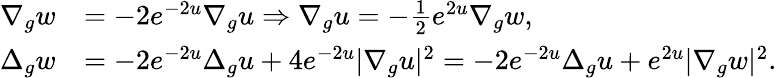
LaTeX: \begin{array}{rl}{\nabla_{g}w}&{=-2e^{-2u}\nabla_{g}u\Rightarrow\nabla_{g}u=-\frac{1}{2}e^{2u}\nabla_{g}w,}\\ {\Delta_{g}w}&{=-2e^{-2u}\Delta_{g}u+4e^{-2u}\lvert\nabla_{g}u\rvert^{2}=-2e^{-2u}\Delta_{g}u+e^{2u}\lvert\nabla_{g}w\rvert^{2}.}\end{array}